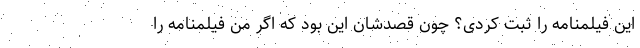
این فیلمنامه را ثبت کردی؟ چون قصدشان این بود که اگر من فیلمنامه را